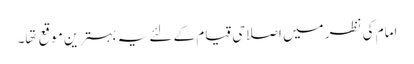
امام کی نظر میں اصلاحی قیام کے لئے یہ بہترین موقع تها۔